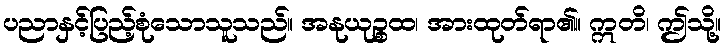
ပညာနှင့်ပြည့်စုံသောသူသည်။ အနုယုဉ္စထ၊ အားထုတ်ရာ၏။ ဣတိ၊ ဤသို့။